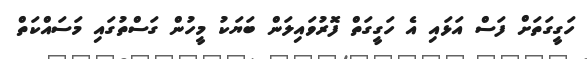
ހަގީގަތަށް ފަސް އަޅައި އެ ހަގީގަތް ފޮރުވައިލަން ބަޔަކު މީހުން ގަސްތުގައި މަސައްކަތް